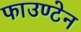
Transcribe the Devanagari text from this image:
फाउण्टेन